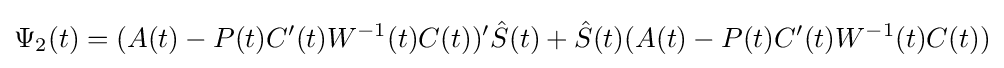
\Psi _{2}(t)=(A(t)-P(t)C'(t)W^{-1}(t)C(t))'{\hat {S}}(t)+{\hat {S}}(t)(A(t)-P(t)C'(t)W^{-1}(t)C(t))